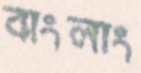
বাংলাং